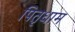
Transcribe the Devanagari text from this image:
पितृधाम